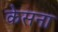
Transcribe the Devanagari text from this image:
केसना